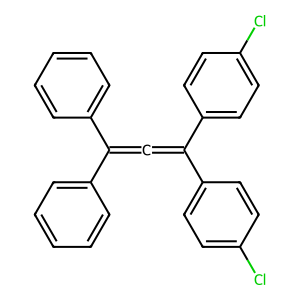
SMILES: Clc1ccc(C(=C=C(c2ccccc2)c2ccccc2)c2ccc(Cl)cc2)cc1
Inhibits HIV replication: No